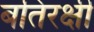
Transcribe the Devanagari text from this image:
बतिरक्षी